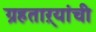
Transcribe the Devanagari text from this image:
ग्रहताऱ्यांची